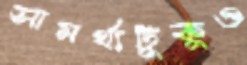
সামর্থ্যটুকুও